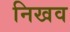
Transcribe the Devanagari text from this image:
निखव